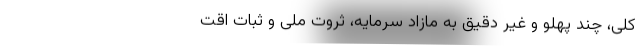
کلی، چند پهلو و غیرِ دقیق به مازادِ سرمایه، ثروتِ ملی و ثباتِ اقت